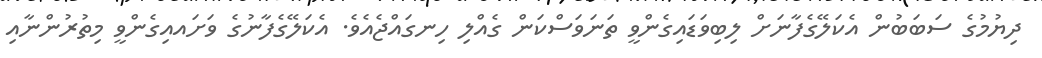
ދިޔުމުގެ ސަބަބުން އެކަލޭގެފާނަށް ލިބިވަޑައިގެންވީ ތަނަވަސްކަން ގެއްލި ހިނގައްޖެއެވެ. އެކަލޭގެފާނުގެ ވަށައއިގެންވީ މިތުރުންނާއި